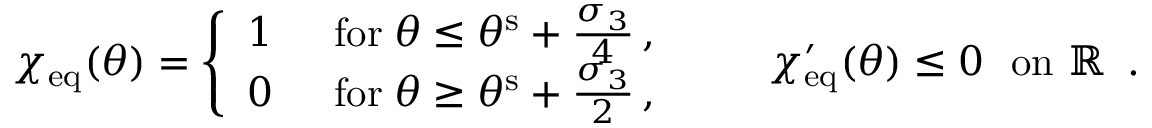
\begin{array} { r } { \chi _ { \mathrm { e q } } ( \theta ) = \left\{ \begin{array} { l l } { 1 } & { \, \, \, \mathrm { f o r } \; \theta \leq \theta ^ { \mathrm { s } } + \frac { \sigma _ { 3 } } { 4 } \, , } \\ { 0 } & { \, \, \, \mathrm { f o r } \; \theta \geq \theta ^ { \mathrm { s } } + \frac { \sigma _ { 3 } } { 2 } \, , } \end{array} \right. \qquad \chi _ { \mathrm { e q } } ^ { \prime } ( \theta ) \leq 0 \, \, \, \, \mathrm { o n ~ \mathbb { R } ~ } \, . } \end{array}